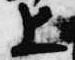
上